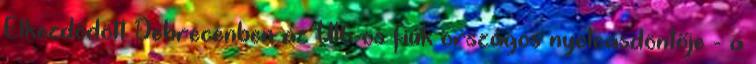
Elkezdődött Debrecenben az U16-os fiúk országos nyolcasdöntője - a